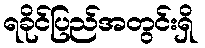
ရခိုင်ပြည်အတွင်းရှိ